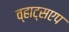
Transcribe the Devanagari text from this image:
व्हाट्सएप